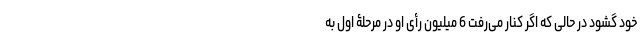
خود گشود در حالی که اگر کنار می‌رفت 6 میلیون رأی او در مرحلۀ اول به